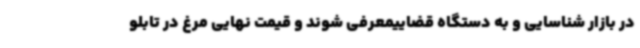
در بازار شناسایی و به دستگاه قضاییمعرفی شوند و قیمت نهایی مرغ در تابلو